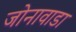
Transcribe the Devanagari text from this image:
जोनावाडा